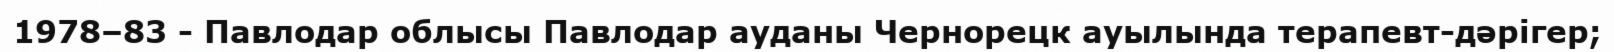
1978–83 - Павлодар облысы Павлодар ауданы Чернорецк ауылында терапевт-дәрігер;